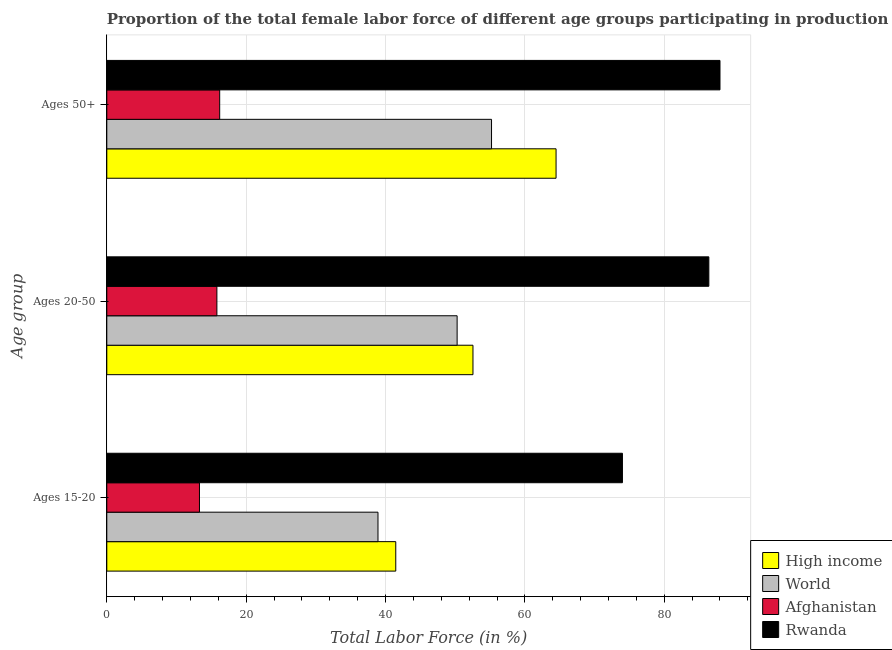
| Age group | High income | World | Afghanistan | Rwanda |
 | --- | --- | --- | --- | --- |
 | Ages 15-20 | 41.5 | 38.9 | 13.3 | 74 |
 | Ages 20-50 | 52.6 | 50.3 | 15.8 | 86.4 |
 | Ages 50+ | 64.5 | 55.2 | 16.2 | 88 |